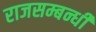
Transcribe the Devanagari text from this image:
राजसम्बन्धी